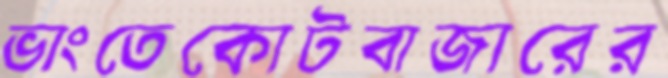
ভাংতেকোটবাজারের